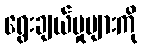
ရွေးချယ်မှုများကို